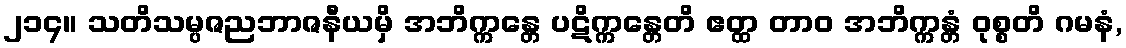
၂၁၄။ သတိသမ္ပဇညဘာဇနီယမှိ အဘိက္ကန္တေ ပဋိက္ကန္တေတိ ဧတ္ထ တာဝ အဘိက္ကန္တံ ဝုစ္စတိ ဂမနံ,